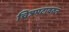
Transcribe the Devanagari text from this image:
चित्रपटावरुन